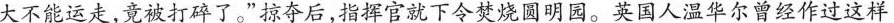
大不能运走，竟被打碎了。”掠夺后，指挥官就下令焚烧圆明园。英国人温华尔曾经作过这样